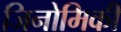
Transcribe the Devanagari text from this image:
जिनोमिकी